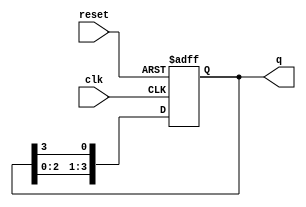
module ring_counter #(
    parameter N = 4  // Number of flip-flops (states)
)(
    input wire clk,          // Clock input
    input wire reset,        // Asynchronous reset
    output reg [N-1:0] q     // Output state of the counter
);

// Initial state: only the first flip-flop is high
initial begin
    q = 1'b1; // Initial state: 1000 for N=4
end

// Always block to handle the clock and reset
always @(posedge clk or posedge reset) begin
    if (reset) begin
        // Asynchronous reset: reset to initial state
        q <= 1'b1; // Reset to 1000 for N=4
    end else begin
        // Shift the '1' through the ring
        q <= {q[N-2:0], q[N-1]}; // Shift left and wrap around
    end
end

endmodule